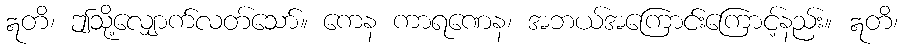
ဣတိ၊ ဤသို့လျှောက်လတ်သော်။ ကေန ကာရဏေန၊ အဘယ်အကြောင်းကြောင့်နည်း။ ဣတိ၊